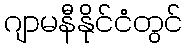
ဂျာမနီနိုင်ငံတွင်